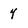
Character: 4